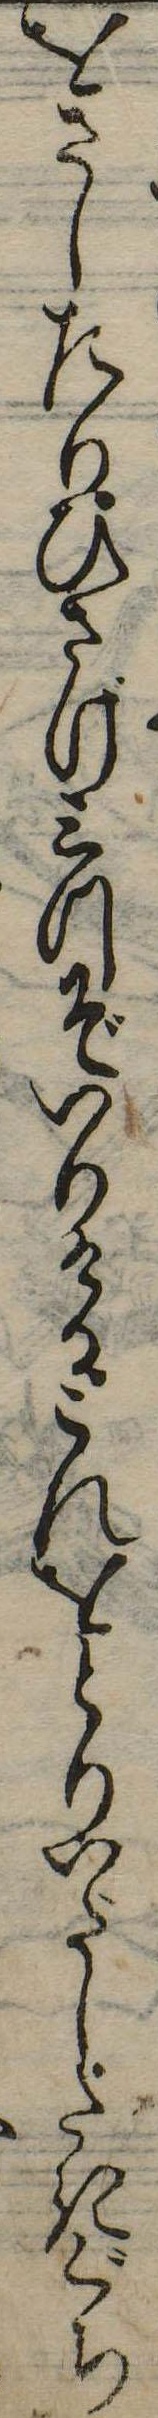
をさしたりひさげ三つぞいりけるこれをとりいだしたきぐち